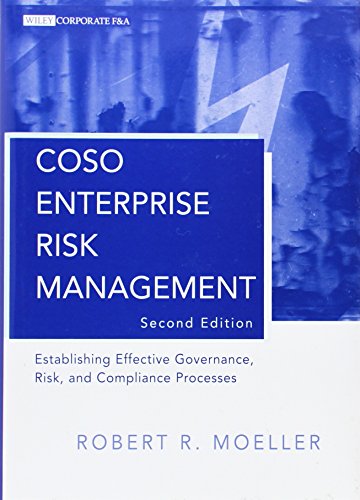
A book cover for COSO Enterprise Risk Management: Establishing Effective Governance, Risk, and Compliance (GRC) Processes; Robert R. Moeller; Business & Money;